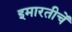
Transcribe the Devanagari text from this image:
इमारतीचें